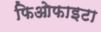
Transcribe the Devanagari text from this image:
फिओफाइटा